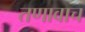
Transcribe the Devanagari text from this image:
तणावाच